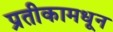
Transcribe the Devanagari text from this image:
प्रतीकामधून